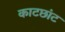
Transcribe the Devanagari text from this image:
काटछांट